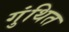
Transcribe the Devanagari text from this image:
गुंथित